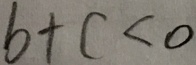
b + c < 0